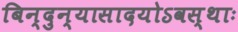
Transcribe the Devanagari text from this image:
बिन्दुन्यासादयोऽवस्थाः